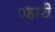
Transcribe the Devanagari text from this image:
०हारी